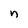
Character: n